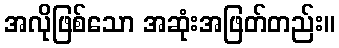
အလိုဖြစ်သော အဆုံးအဖြတ်တည်း။